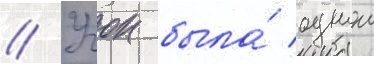
// Учок была́ однои